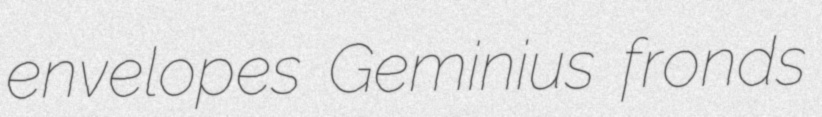
envelopes Geminius fronds